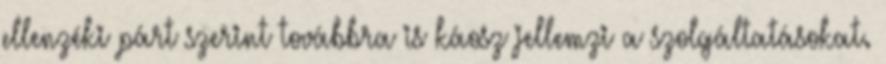
ellenzéki párt szerint továbbra is káosz jellemzi a szolgáltatásokat.